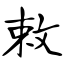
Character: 敕